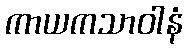
ကာယကသာဝါနံ